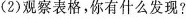
(2)观察表格，你有什么发现?